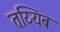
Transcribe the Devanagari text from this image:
तय्यिब